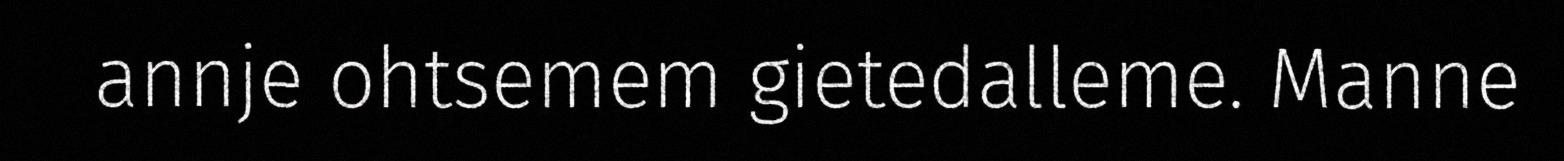
annje ohtsemem gietedalleme. Manne